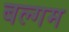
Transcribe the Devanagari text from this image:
बल्गम